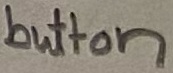
Text: button